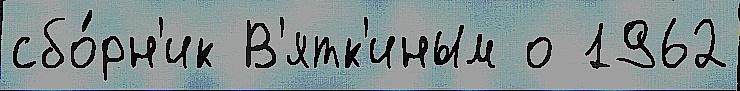
сбо́рн'ик В'ятк'иным о 1962